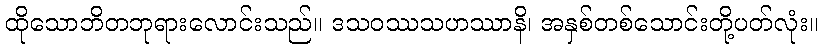
ထိုသောဘိတဘုရားလောင်းသည်။ ဒသဝဿသဟဿာနိ၊ အနှစ်တစ်သောင်းတို့ပတ်လုံး။